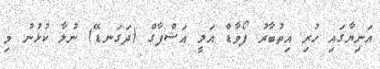
އަނިޔާގައި ހުރި އިތުބާރު ފޯވާޑް އަލީ އަޝްފާގް (ދަގަނޑޭ) ނުލާ ކުޅުނު މި